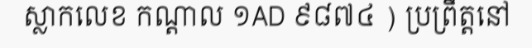
ស្លាកលេខ កណ្តាល ១AD ៩៨៧៤ ) ប្រព្រឹត្តនៅ